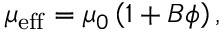
\mu _ { \mathrm { e f f } } = \mu _ { 0 } \left( 1 + B \phi \right) ,